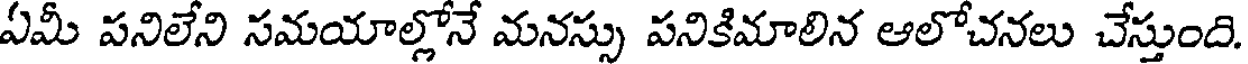
ఏమీ పనిలేని సమయాల్లోనే మనస్సు పనికిమాలిన ఆలోచనలు చేస్తుంది